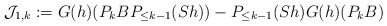
\begin{align*}\mathcal{J}_{1,k}:= G(h)(P_k B P_{\leq k-1} (S h)) - P_{\leq k-1}(S h) G(h)(P_k B) \end{align*}